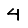
Digit: 4